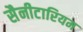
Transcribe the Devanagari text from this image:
सैनीटारियम